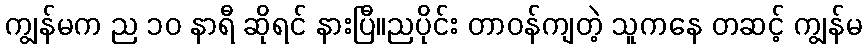
ကျွန်မက ည ၁၀ နာရီ ဆိုရင် နားပြီ။ညပိုင်း တာဝန်ကျတဲ့ သူကနေ တဆင့် ကျွန်မ